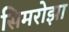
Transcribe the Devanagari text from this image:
सिमरोझा